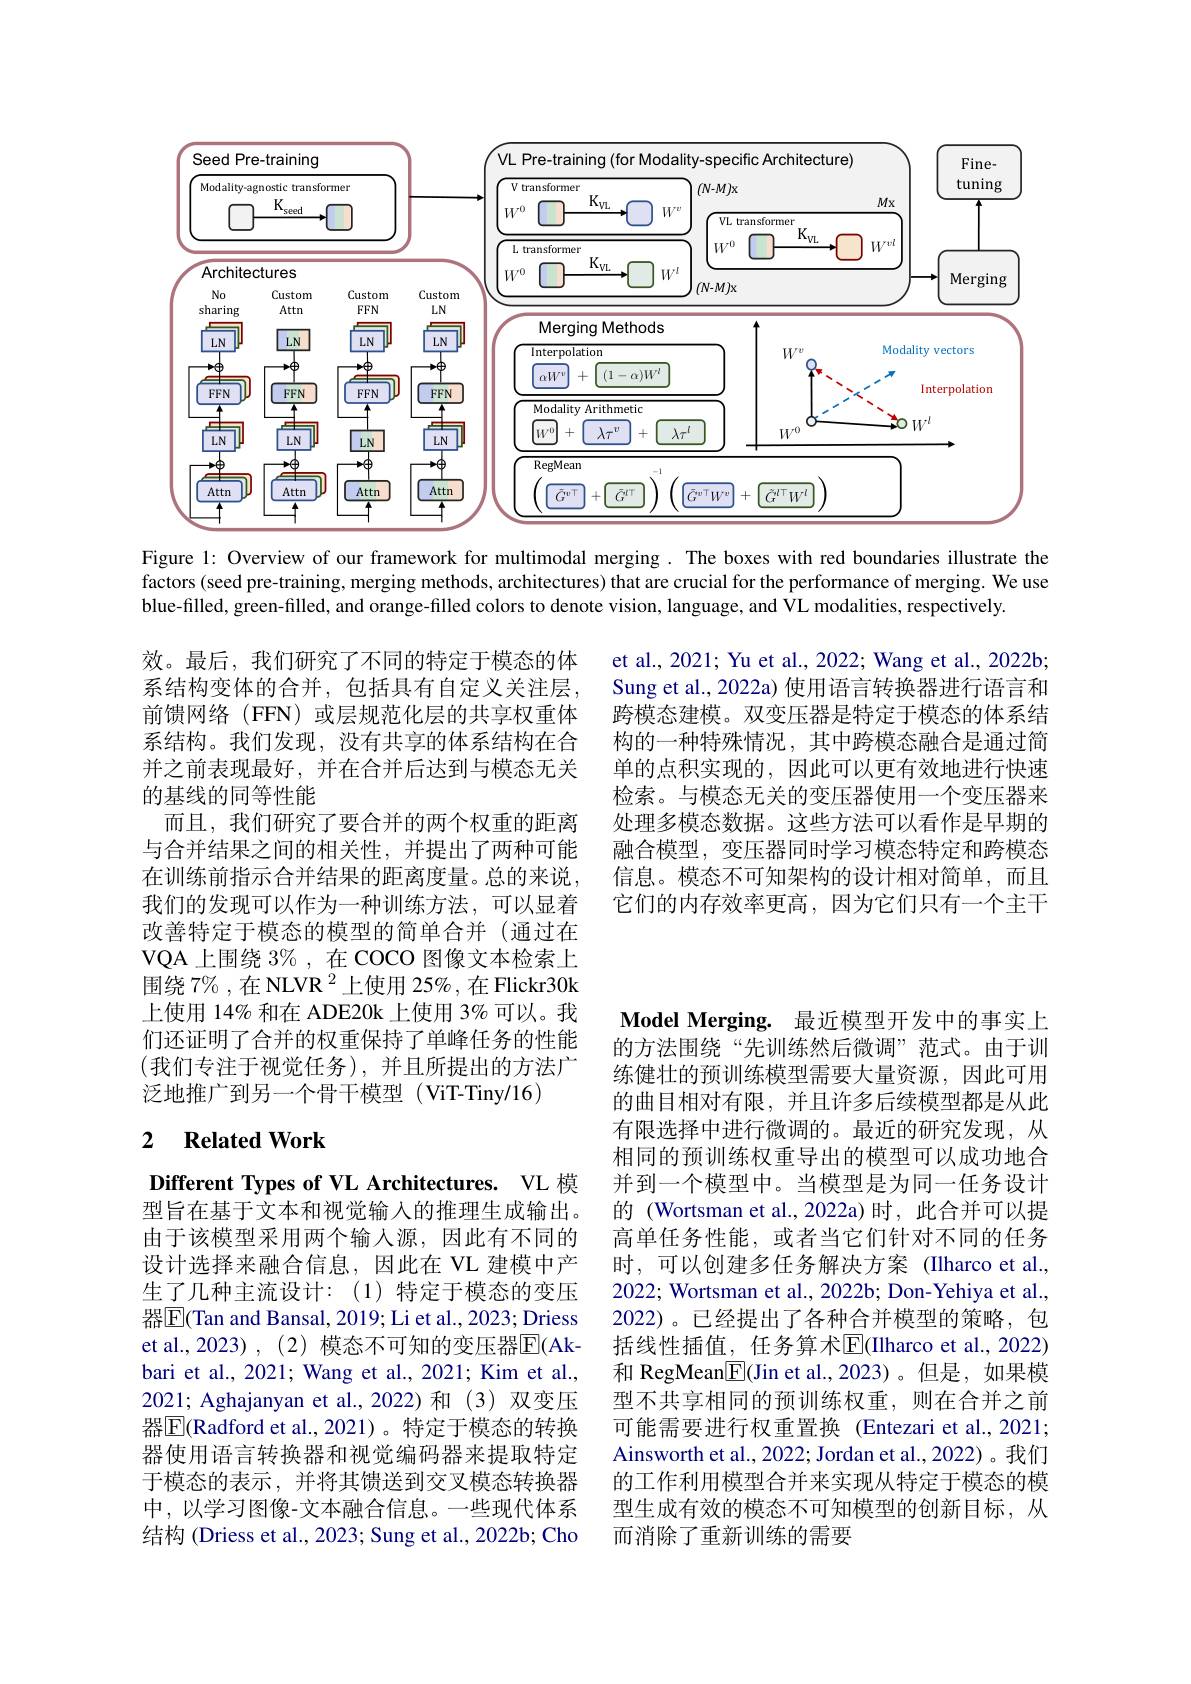
<FigureHere>

Figure 1: Overview of our framework for multimodal merging. The boxes with red boundaries illustrate the factors (seed pre-training, merging methods, architectures) that are crucial for the performance of merging. We use blue-filled, green-filled, and orange-filled colors to denote vision, language, and VL modalities, respectively.

et al., 2021; Yu et al., 2022; Wang et al., 2022b; Sung et al., 2022a) 使用语言转换器进行语言和跨模态建模。双变压器是特定于模态的体系结构的一种特殊情况，其中跨模态融合是通过简单的点积实现的，因此可以更有效地进行快速检索。与模态无关的变压器使用一个变压器来处理多模态数据。这些方法可以看作是早期的融合模型，变压器同时学习模态特定和跨模态信息。模态不可知架构的设计相对简单，而且它们的内存效率更高，因为它们只有一个主干

效。最后，我们研究了不同的特定于模态的体系结构变体的合并，包括具有自定义关注层前馈网络(FFN)或层规范化层的共享权重体系结构。我们发现，没有共享的体系结构在合并之前表现最好，并在合并后达到与模态无关的基线的同等性能
而且，我们研究了要合并的两个权重的距离与合并结果之间的相关性，并提出了两种可能在训练前指示合并结果的距离度量。总的来说， 我们的发现可以作为一种训练方法，可以显着改善特定于模态的模型的简单合并(通过在VQA 上围绕 3% , 在 COCO 图像文本检索上围绕7%,在NLVR $^2$上使用 25%,在 Flickr30k 上使用 14% 和在 ADE20k 上使用 3% 可以。我们还证明了合并的权重保持了单峰任务的性能(我们专注于视觉任务),并且所提出的方法广泛地推广到另一个骨干模型 (ViT-Tiny/16)

## 2 $\textbf{Related Work}$

Model Merging. 最近模型开发中的事实上的方法围绕“先训练然后微调”范式。由于训练健壮的预训练模型需要大量资源，因此可用的曲目相对有限，并且许多后续模型都是从此有限选择中进行微调的。最近的研究发现，从相同的预训练权重导出的模型可以成功地合并到一个模型中。当模型是为同一任务设计的 (Wortsman et al.,2022a)时，此合并可以提高单任务性能，或者当它们针对不同的任务时，可以创建多任务解决方案(Ilharco et al., 2022; Wortsman et al., 2022b; Don-Yehiya et al. 2022)。已经提出了各种合并模型的策略，包括线性插值，任务算术$\overline{\mathrm{E}}($Ilharco et al.,2022) 和 RegMean$\underline{\mathrm{E}}($Jin et al.,2023)。但是，如果模型不共享相同的预训练权重，则在合并之前可能需要进行权重置换 (Entezari et al.,2021; Ainsworth et al., 2022; Jordan et al., 2022)。我们的工作利用模型合并来实现从特定于模态的模型生成有效的模态不可知模型的创新目标，从而消除了重新训练的需要

Different Types of VL Architectures. VL 模型旨在基于文本和视觉输入的推理生成输出。由于该模型采用两个输入源，因此有不同的设计选择来融合信息，因此在 VL 建模中产生了几种主流设计：(1)特定于模态的变压器$\boxed{\mathrm{F}}($Tan and Bansal, 2019; Li et al., 2023; Driess et al.,2023),(2)模态不可知的变压器$\overline{\mathrm{E}}($Akbari et al., 2021; Wang et al., 2021; Kim et al., 2021; Aghajanyan et al.,2022)和 (3)双变压器$\overline{\mathbb{E}}$(Radford et al.,2021)。特定于模态的转换器使用语言转换器和视觉编码器来提取特定于模态的表示，并将其馈送到交叉模态转换器中，以学习图像-文本融合信息。一些现代体系结构 (Driess et al., 2023; Sung et al., 2022b; Cho